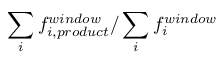
\sum _ { i } { f _ { i , p r o d u c t } ^ { w i n d o w } } / \sum _ { i } { f _ { i } ^ { w i n d o w } }